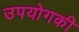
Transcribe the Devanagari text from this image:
उपयोगकी